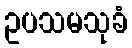
ဥပသမသုခံ